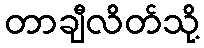
တာချီလိတ်သို့